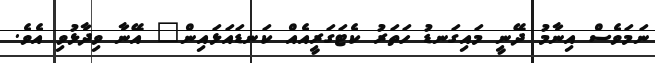
ނަމަވެސް އިނާމު ދޭނީ މައިގަނޑު ހަތަރު ކެޓަގަރީއެއް ކަނޑައަޅައިން" އޭނާ ވިދާޅުވި އެވެ.